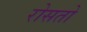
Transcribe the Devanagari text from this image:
रोसतो